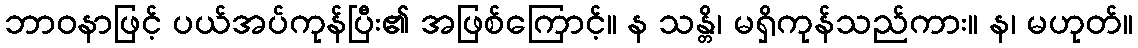
ဘာဝနာဖြင့် ပယ်အပ်ကုန်ပြီး၏ အဖြစ်ကြောင့်။ န သန္တိ၊ မရှိကုန်သည်ကား။ န၊ မဟုတ်။